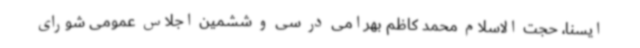
ایسنا، حجت الاسلام محمد کاظم بهرامی در سی و ششمین اجلاس عمومی شورای